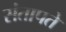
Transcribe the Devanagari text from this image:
संतापते